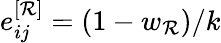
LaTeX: e_{ij}^{[\mathcal{R}]}=(1-w_{\mathcal{R}})/k